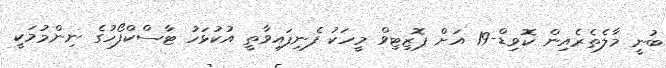
ބުނީ މާލެތެރެއިން ކޮވިޑް-19 އަށް ޕޮޒިޓިވް މީހަކު ފެނިފައިވާތީ އުކުޅަހު ޓާސްކްފޯހުގެ ނިންމުމަކީ